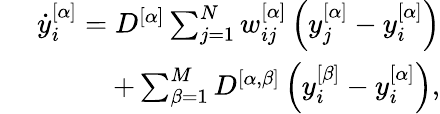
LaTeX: \begin{array}{r}{\dot{y}_{i}^{[\alpha]}=D^{[\alpha]}\sum_{j=1}^{N}w_{ij}^{[\alpha]}\left(y_{j}^{[\alpha]}-y_{i}^{[\alpha]}\right)}\\ {\qquad\qquad+\sum_{\beta=1}^{M}D^{[\alpha,\beta]}\left(y_{i}^{[\beta]}-y_{i}^{[\alpha]}\right),}\end{array}